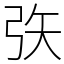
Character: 矤